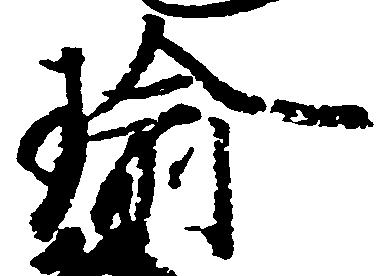
瑜